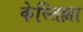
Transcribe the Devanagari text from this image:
केस्तिल्ला